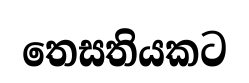
තෙසතියකට